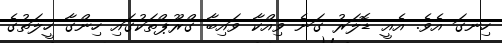
ހިނގަ އެވެ. އެއީ ޑޮލަރު ގަނެ ވިއްކާ ވައިބާ ގްރޫޕްތަކުގައި ހިންގާ ހީލަތުގެ